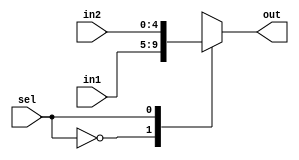
module MUX5(input sel,input[4:0] in1, input[4:0] in2, output reg [4:0] out);
  
  always @(*)
    begin
    casex(sel)
      1'b0:begin  out=in1; end
      1'b1:begin  out=in2; end
    endcase
    end
endmodule